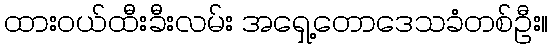
ထားဝယ်ထီးခီးလမ်း အရှေ့တောဒေသခံတစ်ဦး။